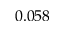
0 . 0 5 8